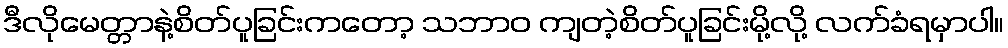
ဒီလိုမေတ္တာနဲ့စိတ်ပူခြင်းကတော့ သဘာဝ ကျတဲ့စိတ်ပူခြင်းမို့လို့ လက်ခံရမှာပါ။